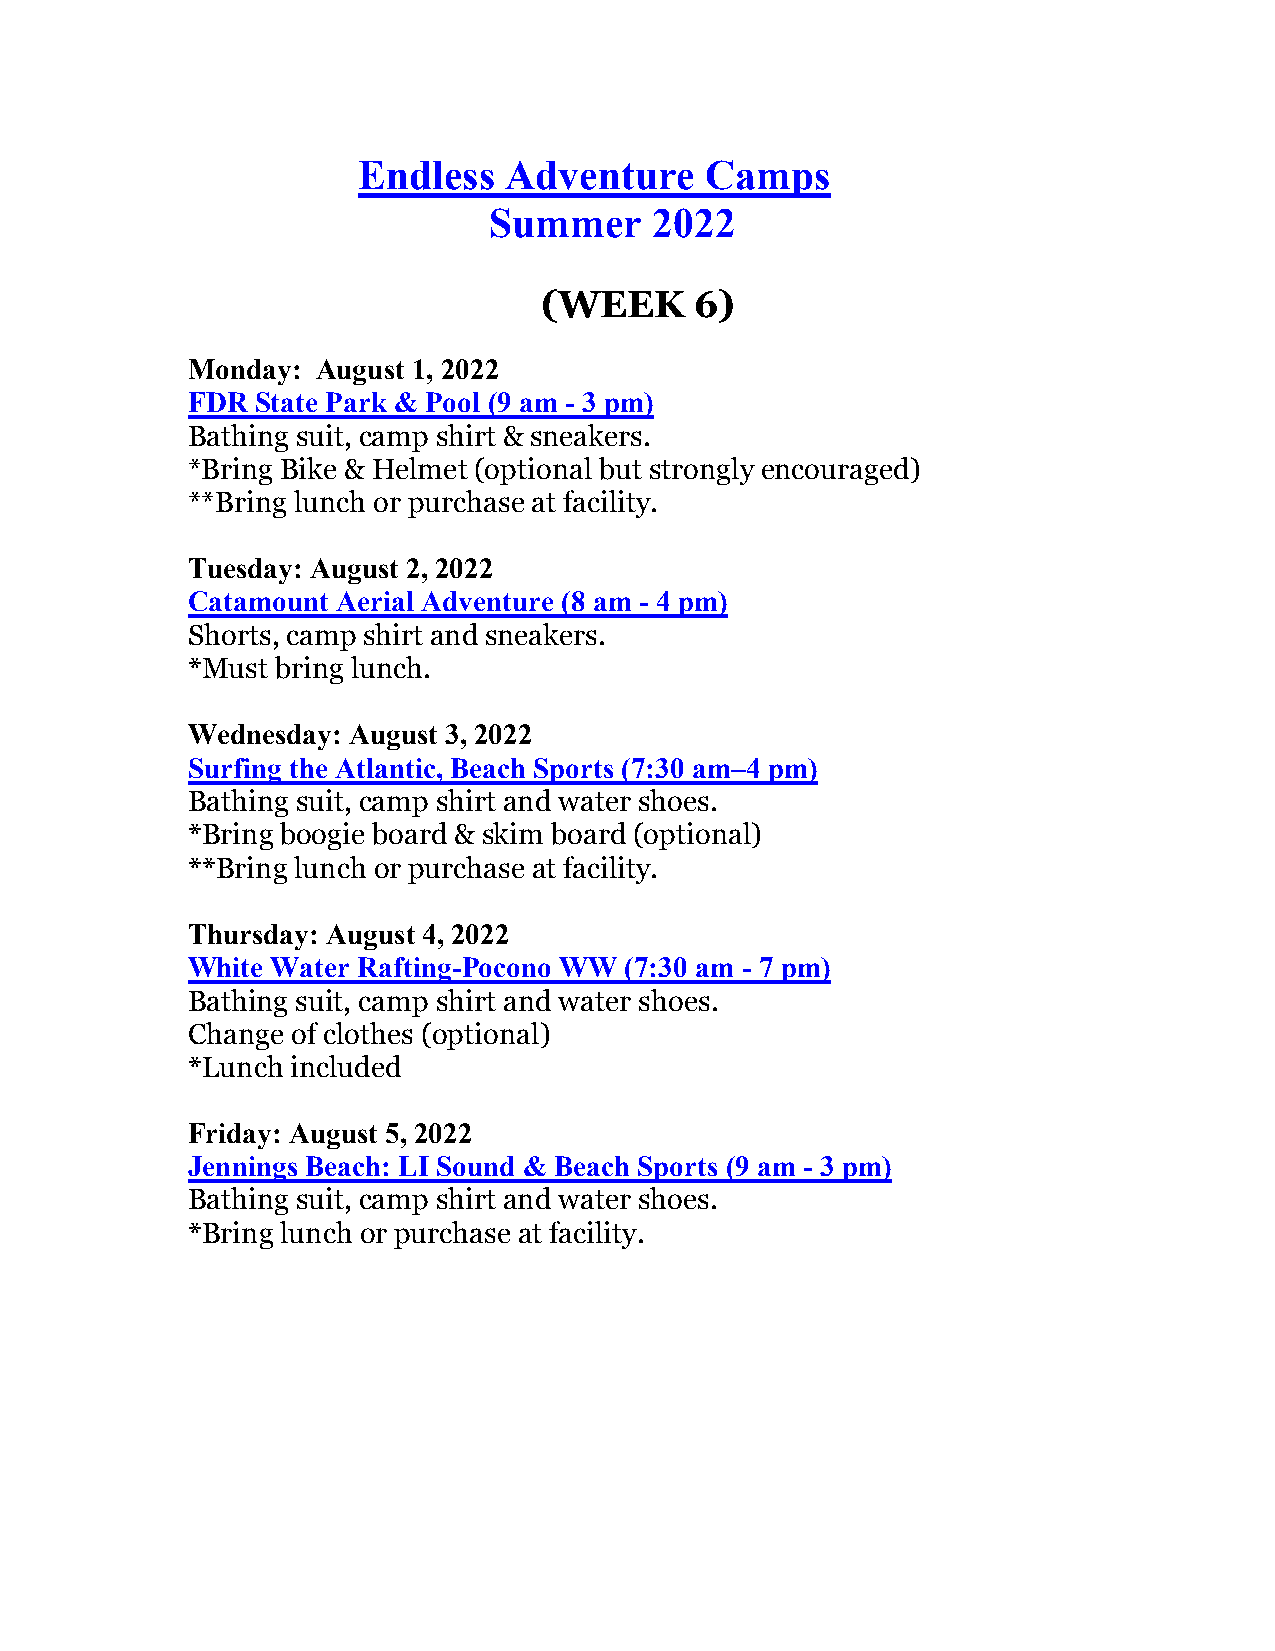
Endless  Adventure     Camps
 Summer     2022
 (WEEK     6)
 Monday:  August 1, 2022
 FDR  State Park & Pool (9 am - 3 pm)
 Bathing suit, camp shirt & sneakers.
 *Bring Bike & Helmet (optional but strongly encouraged)
 **Bring lunch or purchase at facility.
 Tuesday: August 2, 2022
 Catamount Aerial Adventure (8 am - 4 pm)
 Shorts, camp shirt and sneakers.
 *Must bring lunch.
 Wednesday: August 3, 2022
 Surfing the Atlantic, Beach Sports (7:30 am–4 pm)
 Bathing suit, camp shirt and water shoes.
 *Bring boogie board & skim board (optional)
 **Bring lunch or purchase at facility.
 Thursday: August 4, 2022
 White Water Rafting-Pocono WW (7:30 am - 7 pm)
 Bathing suit, camp shirt and water shoes.
 Change of clothes (optional)
 *Lunch included
 Friday: August 5, 2022
 Jennings Beach: LI Sound & Beach Sports (9 am - 3 pm)
 Bathing suit, camp shirt and water shoes.
 *Bring lunch or purchase at facility.